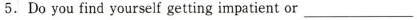
5. Do you find yourself getting impatient or___